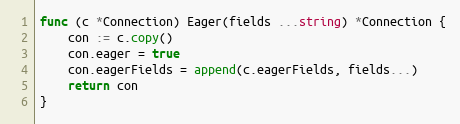
Language: Go
func (c *Connection) Eager(fields ...string) *Connection {
	con := c.copy()
	con.eager = true
	con.eagerFields = append(c.eagerFields, fields...)
	return con
}